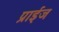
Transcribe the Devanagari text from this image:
प्राईज